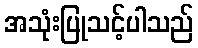
အသုံးပြုသင့်ပါသည်